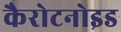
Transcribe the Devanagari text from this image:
कैरोटनोइड